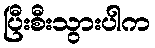
ပြီးစီးသွားပါက